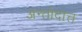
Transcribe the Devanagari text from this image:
अन्तोदात्त